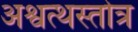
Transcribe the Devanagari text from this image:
अश्वत्थस्तोत्र